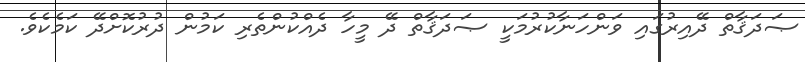
ޞަދަޤާތް ދޭއިރުގައި ވަންހަނާކުރުމަކީ ޞަދަޤާތް ދޭ މީހާ ދެއްކުންތެރި ކަމުން ދުރުކޮށްދޭ ކަމެކެވެ.